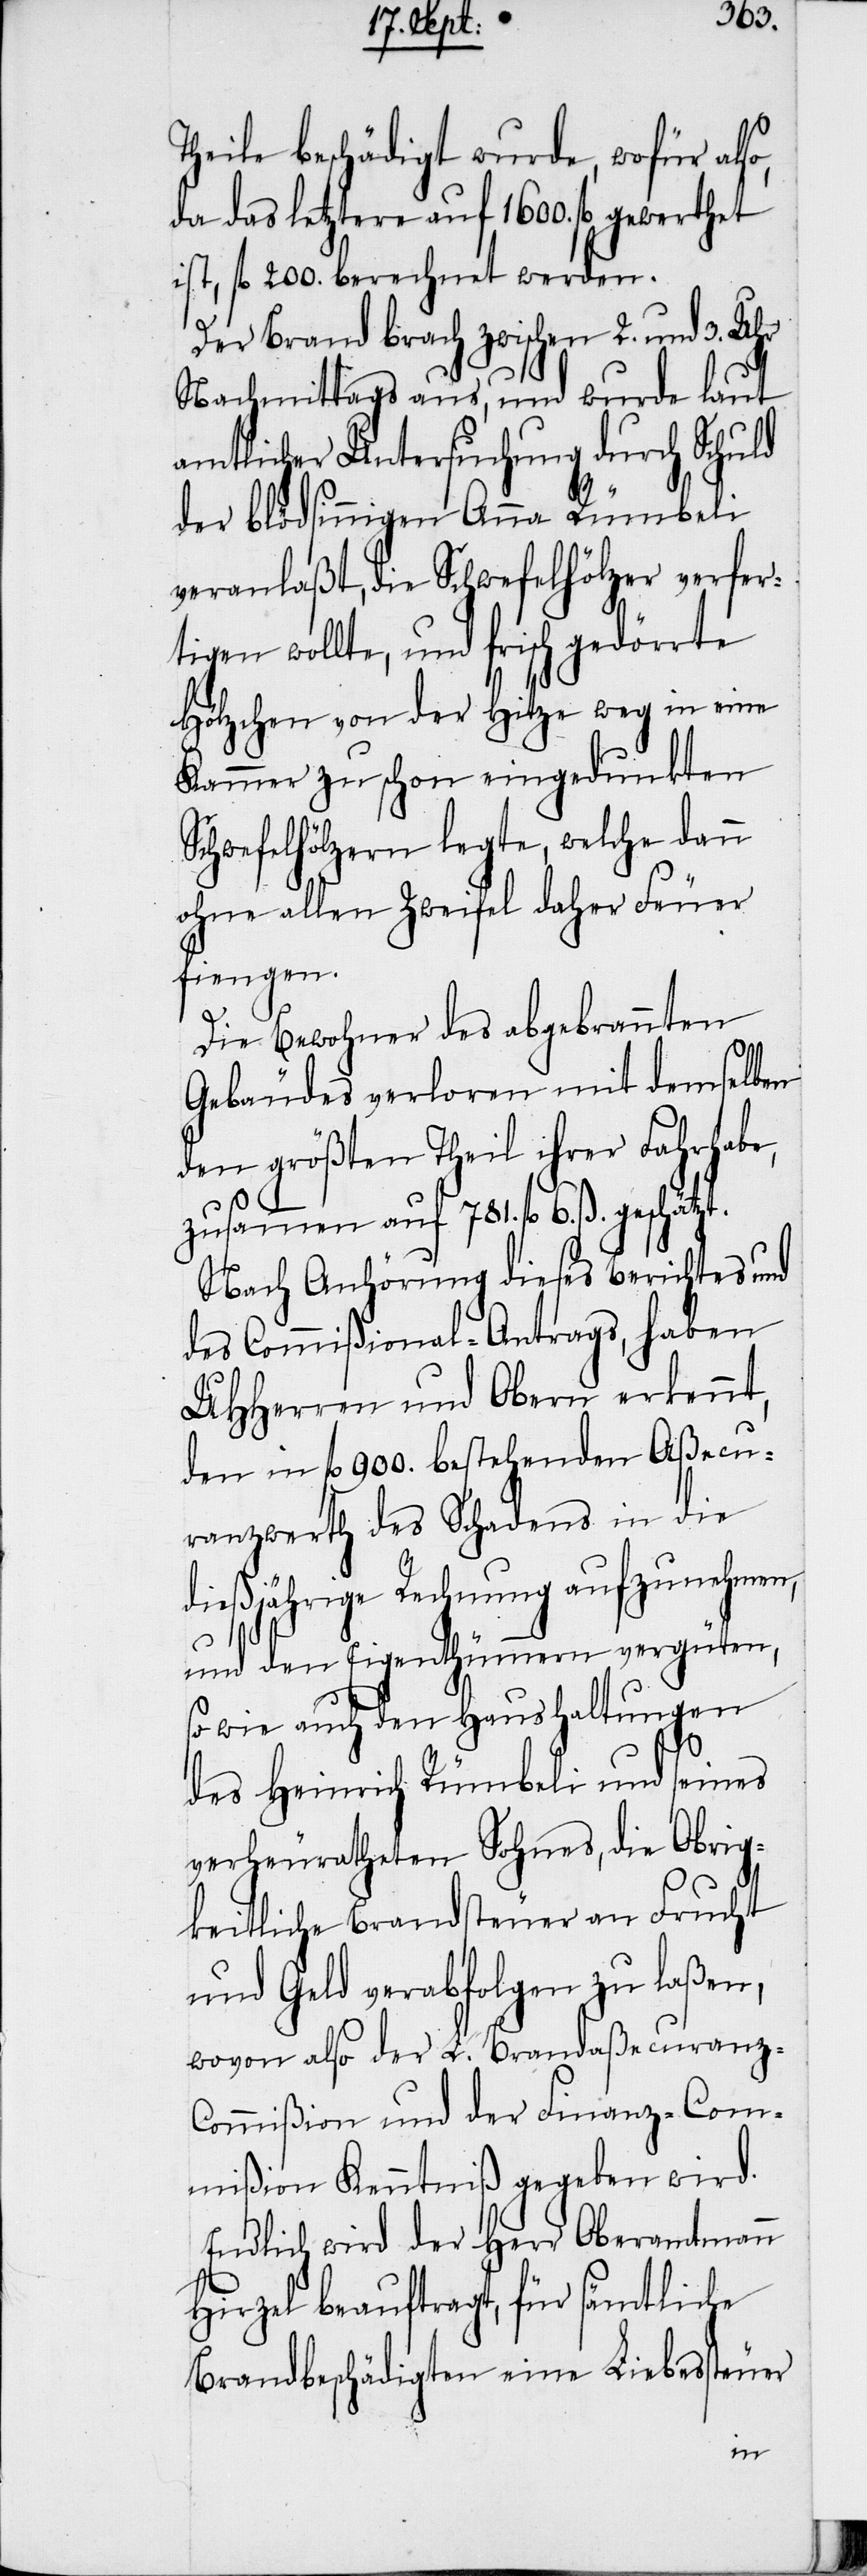
Theile beschädigt wurde, wofür als¬
da das letztere auf 1600. fl gewerthet
ist, fl 200. berechnet werden.
Der Brand brach zwischen 2. und 3. Uhr
Nachmittags aus, und wurde laut
amtlicher Untersuchung durch Schuld
der blödsinnigen Anna Rümbeli
veranlaßt, die Schwefelhölzer verfer¬
tigen wollte, und frisch gedörrte
Hölzchen von der Hitze weg in eine
Kammer zu schon eingedunkten
Schwefelhölzern legte, welche dann
ohne allen Zweifel daher Feuer
fiengen.
Die Bewohner des abgebrannten
Gebäudes verloren mit demselb¬
en größten Theil ihrer Fahrhabe,
zusammen auf 781. fl 6. ß. geschätzt.
Nach Anhörung dieses Berichtes und
des Commißional-Antrags, haben
UHHerren und Obern erkennt,
den in fl 900. bestehenden Aßecu¬
ranzwerth des Schadens in die
dießjährige Rechnung aufzunehmen,
und den Eigenthümmern vergüten,
so wie auch den Haushaltungen
des Heinrich Rümbeli und seines
verheuratheten Sohnes, die Obrig¬
keitliche Brandsteuer an Frucht
und Geld verabfolgen zu laßen,
wovon also der L. Brandaßecuranz-C¬
ommißion und der Finanz-Com¬
mißion Kenntniß gegeben wird.
Endlich wird der Herr Oberamtmann
Hirzel beauftragt, für sämtliche
Brandbeschädigten eine Liebessteuer
o,